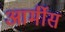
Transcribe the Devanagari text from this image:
आर्मीस